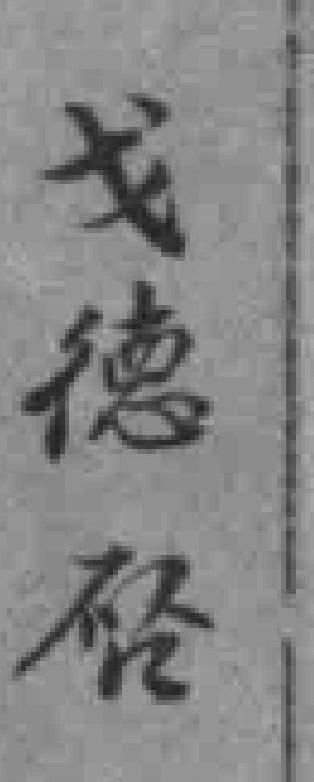
戈德唘